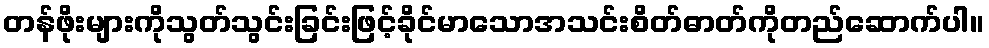
တန်ဖိုးများကိုသွတ်သွင်းခြင်းဖြင့်ခိုင်မာသောအသင်းစိတ်ဓာတ်ကိုတည်ဆောက်ပါ။